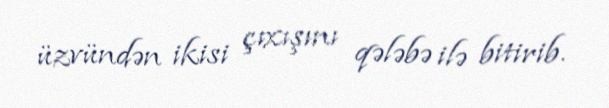
üzvündən ikisi çıxışını qələbə ilə bitirib.